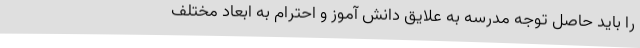
را باید حاصل توجه مدرسه به علایق دانش آموز و احترام به ابعاد مختلف